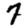
Digit: 7